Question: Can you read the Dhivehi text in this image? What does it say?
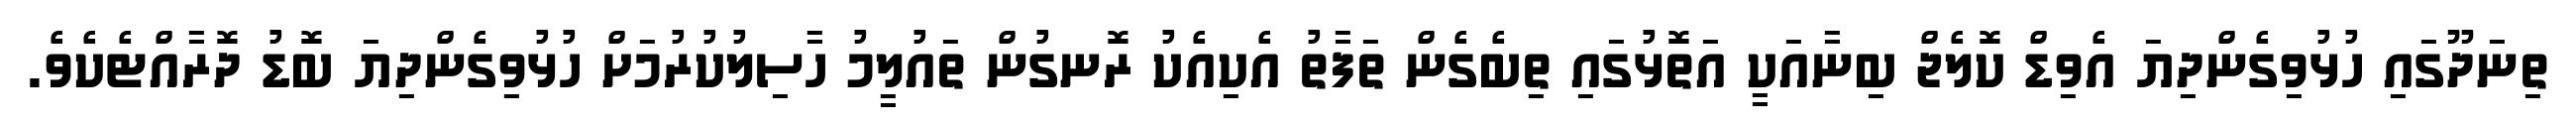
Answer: ތިނަދޫގައި ހުޅުވިގެންދިޔަ އެވިޑް ކޮލެޖް ބިނާއަކީ އަތޮޅުގައި ތިބެގެން ތަފާތު އެކިއެކު ރޮނގުން ތައުލީމު ހާސިލުކުރުމަށް ހުޅުވިގެންދިޔަ ބޮޑު ދޮރާއްޓެކެވެ.